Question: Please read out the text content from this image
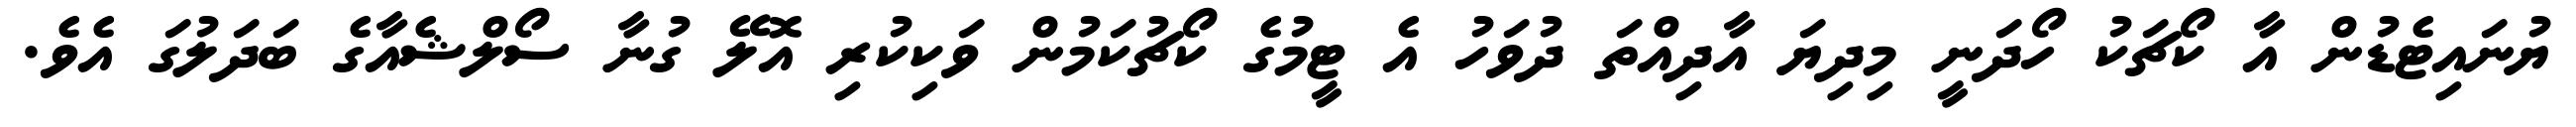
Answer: ޔުނައިޓެޑުން އާ ކޯޗަކު ހޯދަނީ މިދިޔަ އާދިއްތަ ދުވަހު އެ ޓީމުގެ ކޯޗުކަމުން ވަކިކުރި އޮލޭ ގުނާ ސޯލްޝެއާގެ ބަދަލުގަ އެވެ.